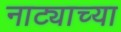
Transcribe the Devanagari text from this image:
नाट्याच्या